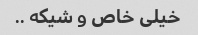
خیلی خاص و شیکه ..